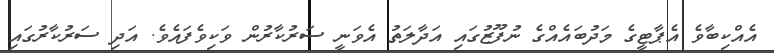
އެއްކިބާވެ އެޕާޓީގެ މަދުބައެއްގެ ނުފޫޒުގައި އަދާލަތު އެވަނީ ސަރުކާރުން ވަކިވެފައެވެ. އަދި ސަރުކާރުގައި